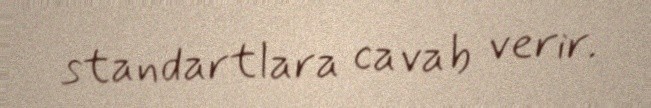
standartlara cavab verir.